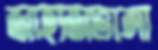
জাহাজভাঙ্গা